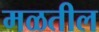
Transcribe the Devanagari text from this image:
मळतील